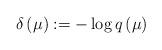
LaTeX: \begin{align*}\delta\left(\mu\right):=-\log q\left(\mu\right)\end{align*}